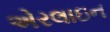
એરલાઇન